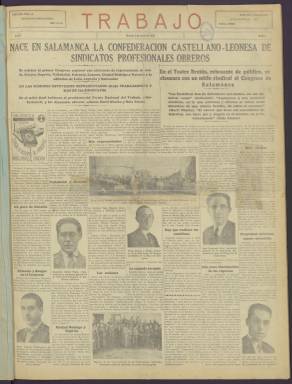
Título: Trabajo (Madrid. 1935)
Otros títulos: Trabajo, semanario nacional obrero, 6abr. 1935
Colección: Periódicos || Economía
Ámbito geográfico: Madrid
Lugar de publicación: Madrid
Fechas: 02/01/1935-18/07/1936